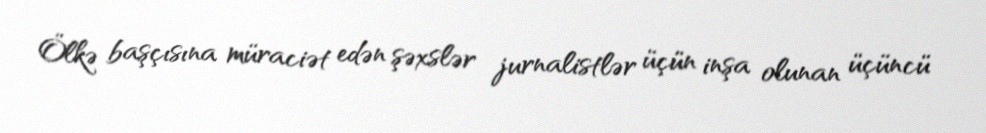
Ölkə başçısına müraciət edən şəxslər jurnalistlər üçün inşa olunan üçüncü